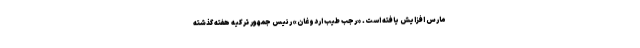
مارس افزایش یافته است. «رجب طیب اردوغان» رئیس جمهور ترکیه هفته گذشته